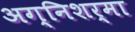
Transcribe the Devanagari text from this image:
अग्निशर्मा